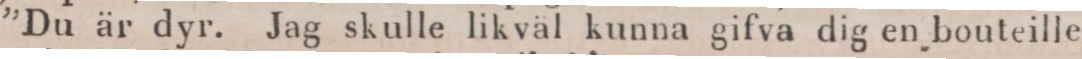
”Du är dyr. Jag skulle likväl kunna gifva dig en bouteille